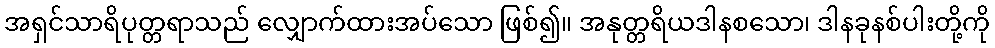
အရှင်သာရိပုတ္တရာသည် လျှောက်ထားအပ်သော ဖြစ်၍။ အနုတ္တရိယဒါနစသော၊ ဒါနခုနစ်ပါးတို့ကို